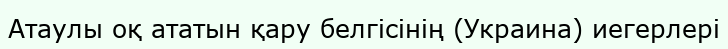
Атаулы оқ ататын қару белгісінің (Украина) иегерлері